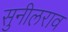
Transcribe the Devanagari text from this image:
सुनीलराव